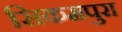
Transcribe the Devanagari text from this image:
सिकमपुरा